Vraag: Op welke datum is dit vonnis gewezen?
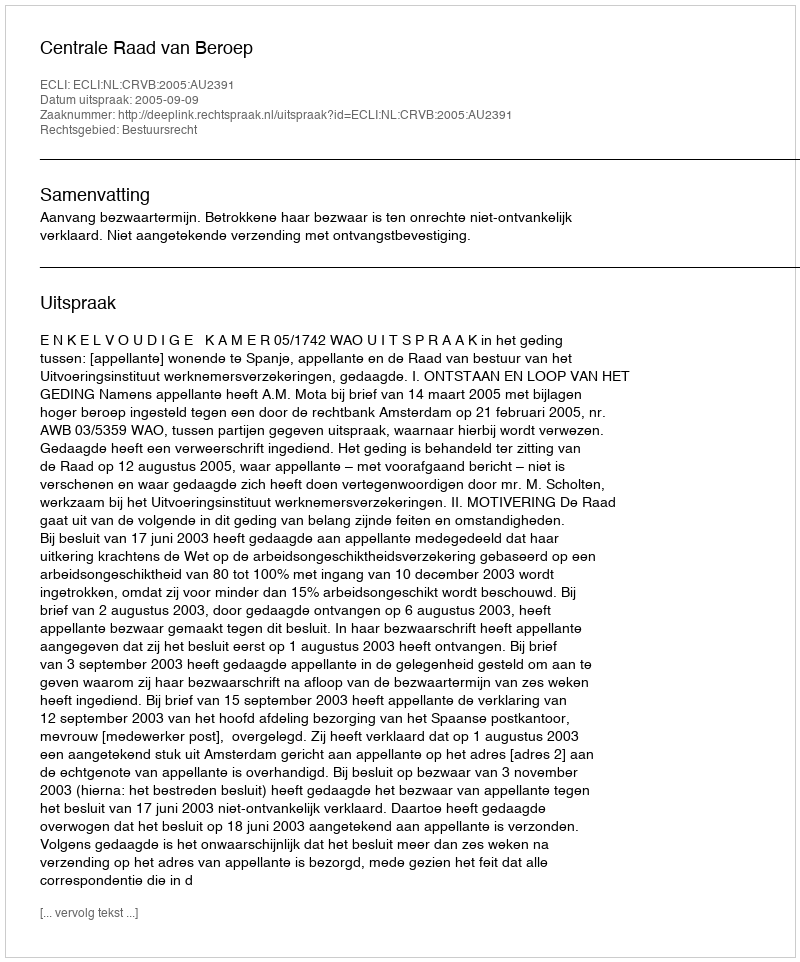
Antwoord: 2005-09-09